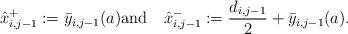
LaTeX: \begin{align*}\hat x_{i,j-1}^{+}:=\bar y_{i,j-1}(a){\rm{and}} {\quad} \hat x_{i,j-1}^{-}:=\frac{d_{i,j-1}}{2}+ \bar y_{i,j-1}(a).\end{align*}